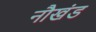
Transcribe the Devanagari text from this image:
नौखंड